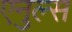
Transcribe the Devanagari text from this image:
एनुल्स